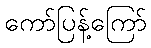
ကော်ပြန့်ကြော်